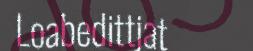
Loabedittjat